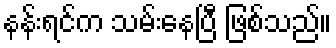
နန်းရင်က သမ်းနေပြီ ဖြစ်သည်။